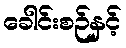
ခေါင်းစဉ်နှင့်